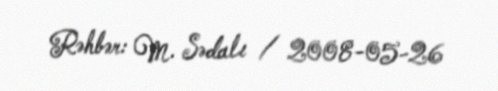
Rəhbər: M. Sədalı / 2008-05-26